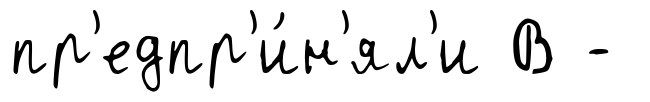
пр'едпр'и́н'ял'и В -